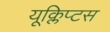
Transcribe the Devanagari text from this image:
यूक्लिप्टस